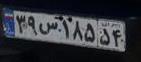
۳۹س۱۸۵۵۴